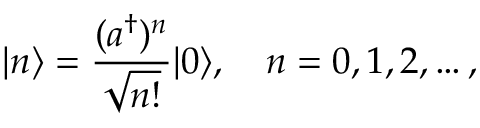
| n \rangle = { \frac { ( a ^ { \dagger } ) ^ { n } } { \sqrt { n ! } } } | 0 \rangle , \quad n = 0 , 1 , 2 , \ldots ,